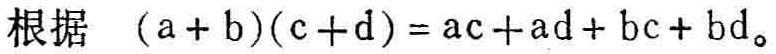
根据 \((a + b)(c + d)=ac + ad+bc + bd\)。